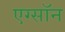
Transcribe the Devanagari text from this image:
एग्सॉन